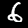
Label: 6